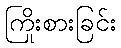
ကြိုးစားခြင်း